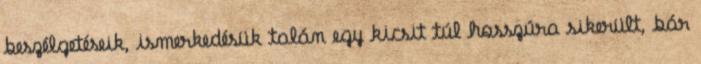
beszélgetéseik, ismerkedésük talán egy kicsit túl hosszúra sikerült, bár